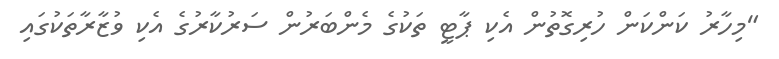
"މިހާރު ކަންކަން ހުރިގޮތުން އެކި ޕާޓީ ތަކުގެ މެންބަރުން ސަރުކާރުގެ އެކި ވުޒާރާތަކުގައި